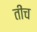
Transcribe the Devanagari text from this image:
तींच